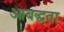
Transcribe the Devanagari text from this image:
आबद्धता